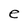
Character: e